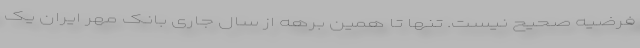
فرضیه صحیح نیست. تنها تا همین برهه از سال جاری بانک مهر ایران یک